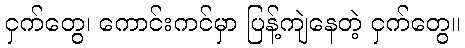
ငှက်တွေ၊ ကောင်းကင်မှာ ပြန့်ကျဲနေတဲ့ ငှက်တွေ။